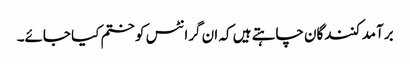
برآمد کنندگان چاہتے ہیں کہ ان گرانٹس کو ختم کیا جائے۔